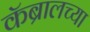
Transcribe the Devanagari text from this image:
कॅब्रालच्या